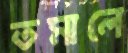
তমালে